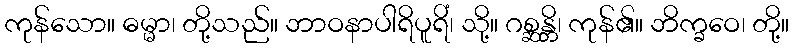
ကုန်သော။ ဓမ္မာ၊ တို့သည်။ ဘာဝနာပါရိပူရိံ၊ သို့။ ဂစ္ဆန္တိ၊ ကုန်၏။ ဘိက္ခဝေ၊ တို့။